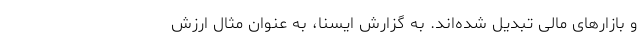
و بازارهای مالی تبدیل شده‌اند. به گزارش ایسنا، به عنوان مثال ارزش